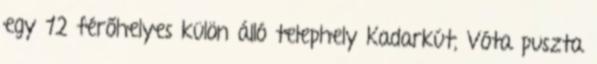
egy 12 férőhelyes külön álló telephely Kadarkút, Vóta puszta